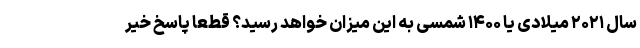
سال ۲۰۲۱ میلادی یا ۱۴۰۰ شمسی به این میزان خواهد رسید؟ قطعا پاسخ خیر